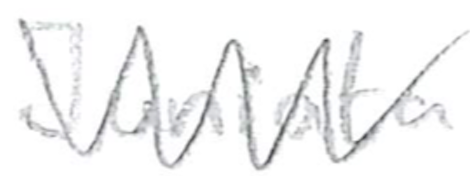
Text: Juniata
Cross-out: zig-zag
Writing tool: pencil